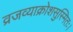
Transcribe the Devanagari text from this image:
व्रजव्याक्रोशसुस्मितः।